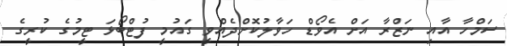
ސަމްހާ އާއި ނަޒްރާ އަށް އެވޯޑް ހަވާލުކޮށްދެއްވީ ގައުމީ ފުޓްބޯޅަ ޓީމުގެ ކުރީގެ